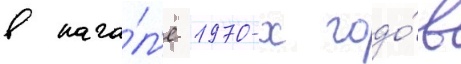
в нача́л'е 1970-х годо́в